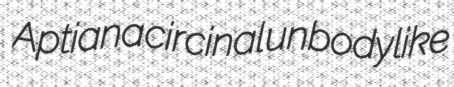
Aptiana circinal unbodylike